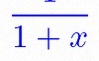
\frac{1}{1+x}